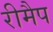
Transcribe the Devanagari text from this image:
रीमैप